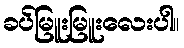
ခပ်မြူးမြူးလေးပါ။